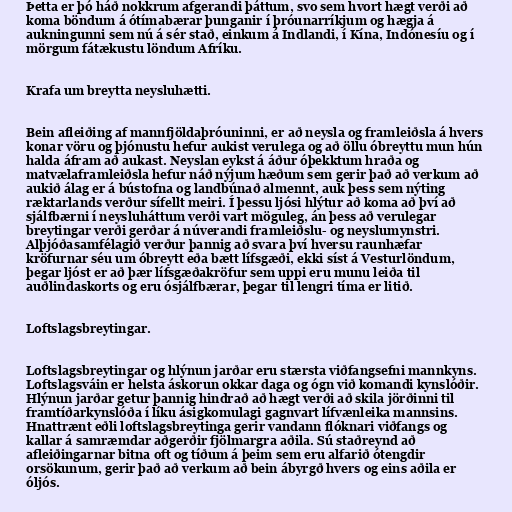
Þetta er þó háð nokkrum afgerandi þáttum, svo sem hvort hægt verði að
koma böndum á ótímabærar þunganir í þróunarríkjum og hægja á
aukningunni sem nú á sér stað, einkum á Indlandi, í Kína, Indónesíu og í
mörgum fátækustu löndum Afríku.

Krafa um breytta neysluhætti.

Bein afleiðing af mannfjöldaþróuninni, er að neysla og framleiðsla á hvers
konar vöru og þjónustu hefur aukist verulega og að öllu óbreyttu mun hún
halda áfram að aukast. Neyslan eykst á áður óþekktum hraða og
matvælaframleiðsla hefur náð nýjum hæðum sem gerir það að verkum að
aukið álag er á bústofna og landbúnað almennt, auk þess sem nýting
ræktarlands verður sífellt meiri. Í þessu ljósi hlýtur að koma að því að
sjálfbærni í neysluháttum verði vart möguleg, án þess að verulegar
breytingar verði gerðar á núverandi framleiðslu- og neyslumynstri.
Alþjóðasamfélagið verður þannig að svara því hversu raunhæfar
kröfurnar séu um óbreytt eða bætt lífsgæði, ekki síst á Vesturlöndum,
þegar ljóst er að þær lífsgæðakröfur sem uppi eru munu leiða til
auðlindaskorts og eru ósjálfbærar, þegar til lengri tíma er litið.

Loftslagsbreytingar.

Loftslagsbreytingar og hlýnun jarðar eru stærsta viðfangsefni mannkyns.
Loftslagsváin er helsta áskorun okkar daga og ógn við komandi kynslóðir.
Hlýnun jarðar getur þannig hindrað að hægt verði að skila jörðinni til
framtíðarkynslóða í líku ásigkomulagi gagnvart lífvænleika mannsins.
Hnattrænt eðli loftslagsbreytinga gerir vandann flóknari viðfangs og
kallar á samræmdar aðgerðir fjölmargra aðila. Sú staðreynd að
afleiðingarnar bitna oft og tíðum á þeim sem eru alfarið ótengdir
orsökunum, gerir það að verkum að bein ábyrgð hvers og eins aðila er
óljós.